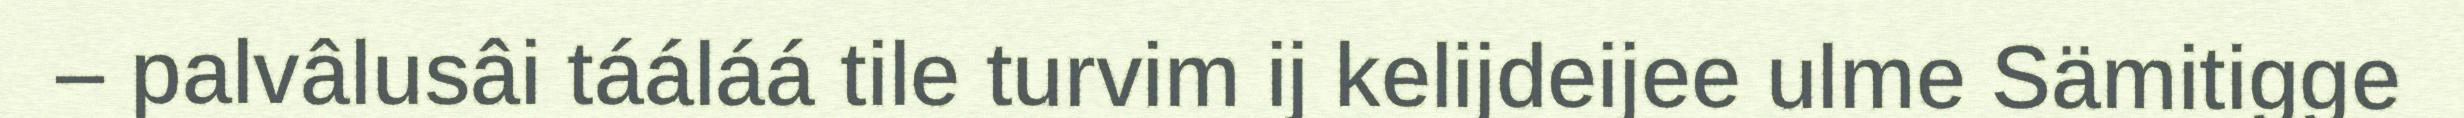
– palvâlusâi tááláá tile turvim ij kelijdeijee ulme Sämitigge